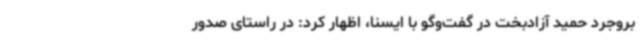
بروجرد حمید آزادبخت در گفت‌وگو با ایسنا، اظهار کرد: در راستای صدور